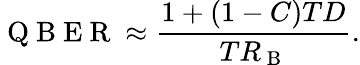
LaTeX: \mathrm{~Q~B~E~R~}\approx\frac{1+(1-C)TD}{TR_{\mathrm{~B~}}}.